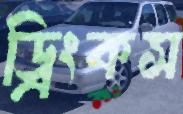
ড্রিংকস